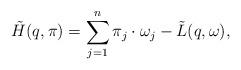
LaTeX: \begin{align*}\tilde H(q,\pi)=\sum_{j=1}^{n} \pi_j \cdot \omega_j-\tilde L(q,\omega),\end{align*}